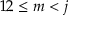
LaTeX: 1 2 \leq m < j